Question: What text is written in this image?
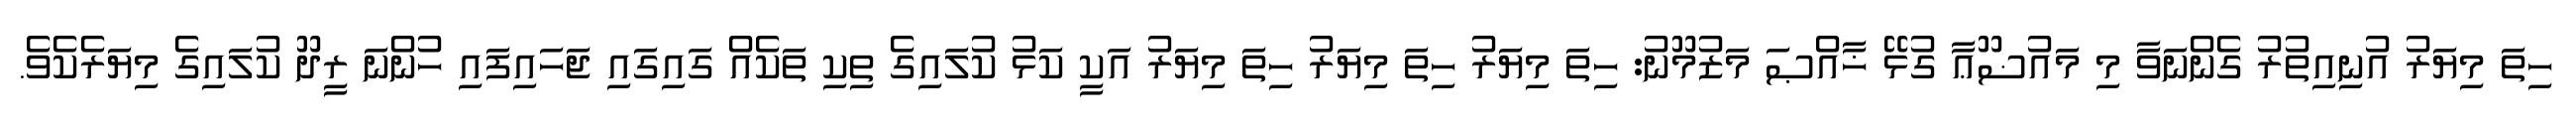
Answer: ހިތަ މިޔަރު އުނިއިތުރު ގެންނަވާ މި މައުޟޫޢާ ގުޅޭ ޚާއްޞަ މަޒުމޫނު: ހިތަ މިޔަރު ހިތަ މިޔަރު ހިތަ މިޔަރު އަކީ ކަޅު ކުލައިގެ ތިކި ތަކެއް ގައިގައި ޖަހައިފައި ހުންނަ ރީދޫ ކުލައިގެ މިޔަރެކެވެ.